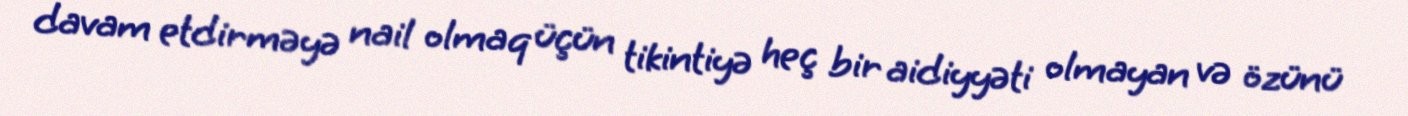
davam etdirməyə nail olmaq üçün tikintiyə heç bir aidiyyəti olmayan və özünü